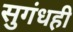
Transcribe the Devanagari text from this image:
सुगंधही